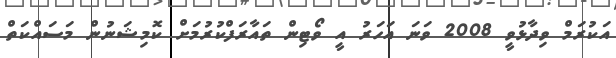
އަަކުރަމް ވިދާޅުވީ 2008 ވަނަ އަހަރު އީ ވޯޓިން ތައާރަފްކުރުމަށް ކޮމިޝަނުން މަސައްކަތް